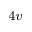
_ { 4 v }